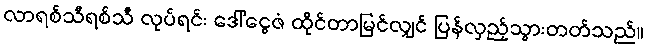
လာရစ်သီရစ်သီ လုပ်ရင်း ဒေါ်ငွေဇံ ထိုင်တာမြင်လျှင် ပြန်လှည့်သွားတတ်သည်။